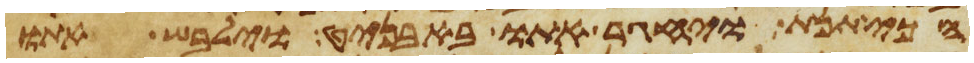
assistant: הכיתנת ויחגר אתו באבניט וילבש אתו